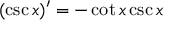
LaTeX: ( \csc x ) ^ { \prime } = - \cot x \csc x